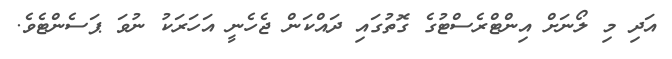
އަދި މި ލޯނަށް އިންޓްރެސްޓުގެ ގޮތުގައި ދައްކަން ޖެހެނީ އަހަރަކު ނުވަ ޕަސެންޓެވެ.